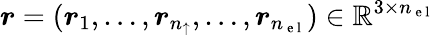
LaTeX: {\boldsymbol{r}}=({\boldsymbol{r}}_{1},\dots,{\boldsymbol{r}}_{n_{\uparrow}},\dots,{\boldsymbol{r}}_{{n_{\mathrm{~e~l~}}}})\in\mathbb{R}^{3\times{n_{\mathrm{~e~l~}}}}